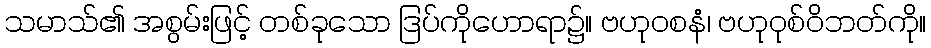
သမာသ်၏ အစွမ်းဖြင့် တစ်ခုသော ဒြပ်ကိုဟောရာ၌။ ဗဟုဝစနံ၊ ဗဟုဝုစ်ဝိဘတ်ကို။